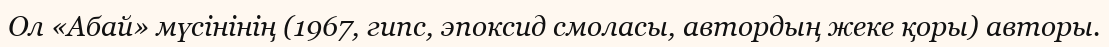
Ол «Абай» мүсінінің (1967, гипс, эпоксид смоласы, автордың жеке қоры) авторы.